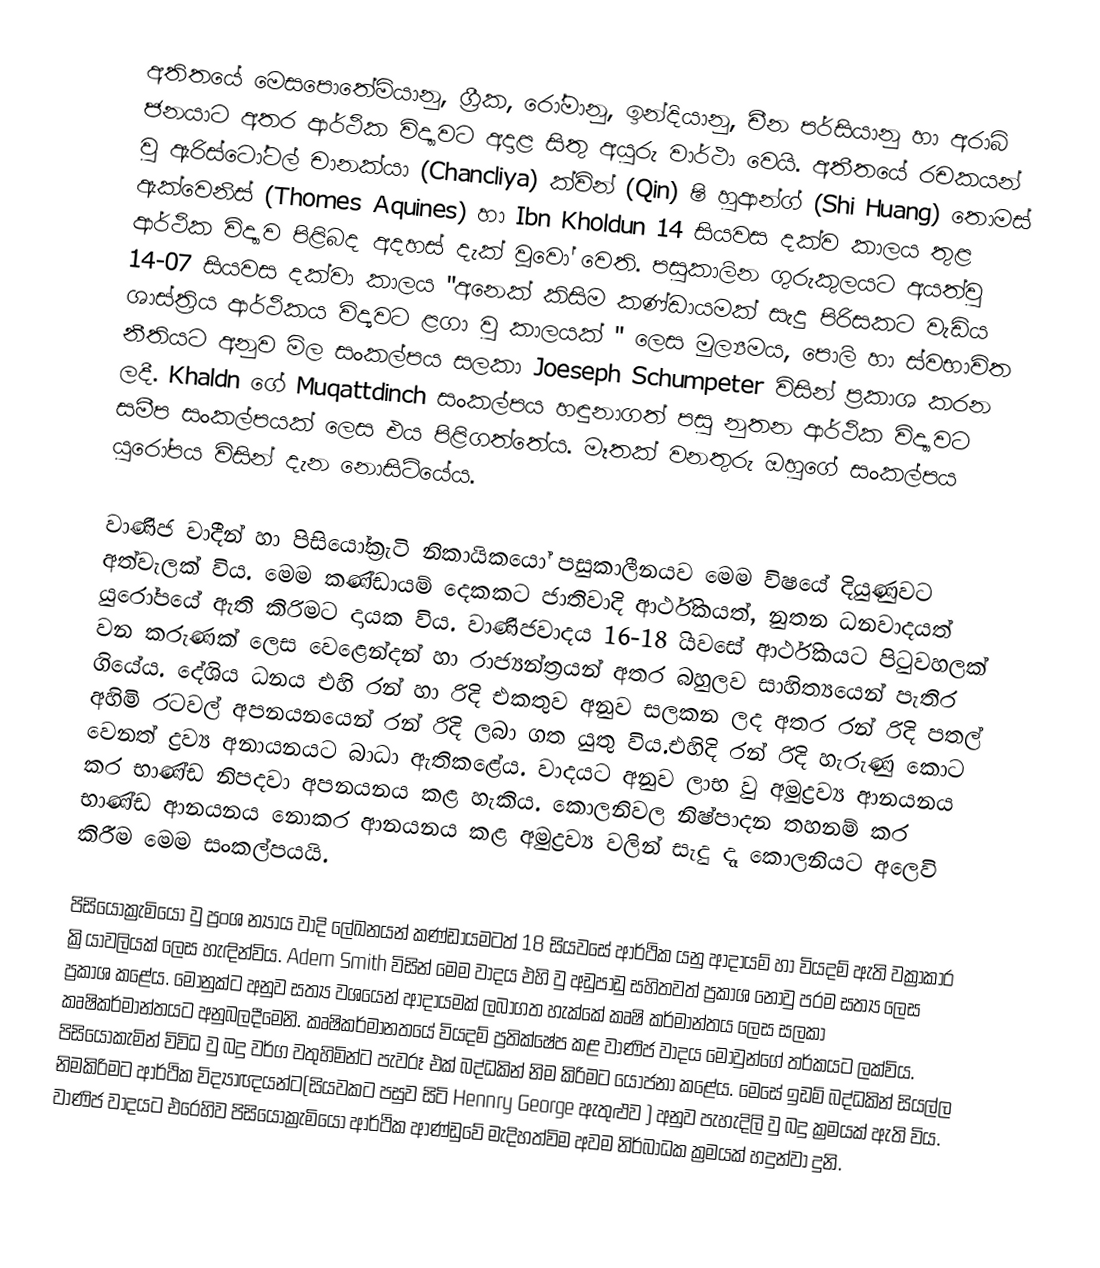
අතිතයේ මෙසපොතේමියානු, ග්‍රීක, රෝමානු, ඉන්දියානු, චීන පර්සියානු හා අරාබි ජනයාට අතර ආර්ථික විද්‍යාවට අදාළ සිතු අයුරු වාර්ථා වෙයි. අතීතයේ රචකයන් වු ඇරිස්ටෝටල් චානක්යා (Chancliya) ක්වින් (Qin) ෂි හුආන්ග් (Shi Huang) ‍තොමස් ඇක්වෙනිස් (Thomes Aquines) හා Ibn Kholdun 14 සියවස දක්ව කාලය තුළ ආර්ථික විද්‍යාව පිළිබද අදහස් දැක් වූවෝ වෙති. පසුකාලින ගුරුකුලයට අයත්වු 14-07 සියවස දක්වා කාලය "අනෙක් කිසිම කණ්ඩායමක් සැදු පිරිසකට වැඩිය ශාස්ත්‍රිය ආර්ථිකය විද්‍යවට ළගා වු කාලයක් " ලෙස මුල්‍යමය, පොලි හා ස්වභාවිත නීතියට අනුව මිල සංකල්පය සලකා Joeseph Schumpeter  විසින් ප්‍රකාශ කරන ලදී. Khaldn ‍ගේ Muqattdinch සංකල්පය හඳුනාගත් පසු නුතන ආර්ථික විද්‍යාවට සමීප සංකල්පයක් ‍ලෙස එය පිළිගත්තේය. මෑතක් වනතුරු ඔහුගේ සංකල්පය යුරෝපය විසින් දැන නොසිටි‍යේය.

වාණිජ වාදීන් හා පිසියෝක්‍රැටි නිකායිකයෝ පසුකාලීනයව මෙම විෂයේ දියුණුවට අත්වැලක් විය. ‍මෙම කණ්ඩායම් දෙකකට ජාතිවාදි ආර්ථිකයත්, නුතන ධනවාදයත් යුරෝපයේ ඇති කිරිමට දායක විය. වාණිජවාදය 16-18 ියවසේ ආර්ථිකයට පිටුවහලක් වන කරුණක් ලෙස වෙළෙන්දන් හා රාජ්‍යන්ත්‍රයන් අතර බහුලව සාහිත්‍යයෙන් පැතිර ගි‍යේය. දේශිය ධනය එහි රන් හා රිදි එකතුව අනුව සලකන ලද අතර රන් රිදි පතල් අහිමි රටවල් අපනයනයෙන් රන් රිදි ලබා ගත යුතු විය.එහිදි රන් රිදි හැරුණු කොට වෙනත් ද්‍රව්‍ය අනායනයට බාධා ඇතිකළේය. වාදයට අනුව ලාභ වු අමුද්‍රව්‍ය ආනයනය කර භාණ්ඩ නිපදවා අපනයනය කළ හැකිය. කොලනිවල නිෂ්පාදන තහනම් කර භාණ්ඩ ආනයනය නොකර ආනයනය කළ අමුද්‍රව්‍ය වලින් සැදු දෑ කොලනියට අලෙවි කිරීම මෙම සංකල්පයයි.

පිසියෝක්‍රැමියෝ වු ප්‍රංශ න්‍යාය වාදි ලේඛනයන් කණ්ඩායමටත් 18 සියවසේ ආර්ථික යනු ආදායම් හා වියදම් ඇති වක්‍රාකාර ක්‍රියාවලියක් ලෙස හැඳින්විය.  Adem Smith   විසින් මෙම වාදය එහි වු අඩුපාඩු සහිතවත් ප්‍රකාශ නොවු පරම සත්‍ය ලෙස ප්‍රකාශ කළේය. මොනුක්ට අනුව සත්‍ය වශයෙන් ආදායමක් ලබාගත හැක්කේ කෘෂි කර්මාන්තය ලෙස සලකා කෘෂිකර්මාන්තයට අනුබලදීමෙනි. කෘෂිකර්මානතයේ වියදම් ප්‍රතික්ෂේප කළ වාණිජ වාදය මොවුන්ගේ තර්කයට ලක්විය. පිසියෝකැමින් විවිධ වු බදු වර්ග වතුහිමින්ට පැවරූ එක් බද්ධකින් නිම කිරිමට යෝජනා කළේය. මෙසේ ඉඩම් බද්ධකින් සියල්ල නිමකිරිමට ආර්ථික විද්‍යාඥයන්ට(සියවකට පසුව සිටි Hennry George  ඇතුළුව ) අනුව පැහැදිලි වු බදු ක්‍රමයක් ඇති විය. වාණිජ වාදයට එරෙහිව පිසියෝක්‍රැමියෝ ආර්ථික ආණ්ඩුවේ මැදිහත්විම අවම නිර්බාධක ක්‍රමයක් හදුන්වා දුනි.